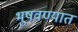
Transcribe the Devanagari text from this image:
भूषवण्यात